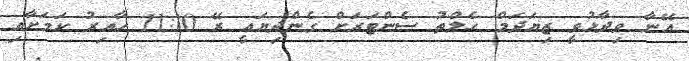
އޭނާ ވިދާޅުވީ ޒިޔަދަމް ހެލްތު ސެންޓަރަށް ގެންދިޔައީ ރޭ 11:10 ހާއިރު ކަމަށާއި